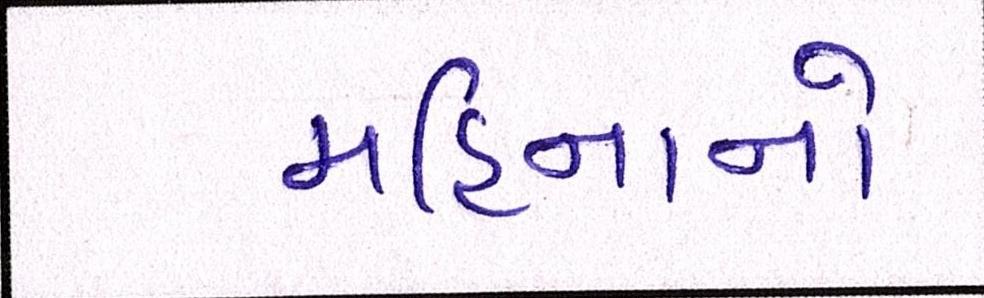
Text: મહિનાનો